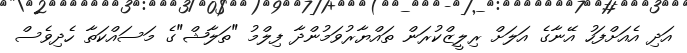
އަދި އެއަށްފަހު އޭނާގެ އަލަށް ރިލީޒްކުރަން ތައްޔާރުވަމުންދާ ފިލްމު "ތަލާޝް"ގެ މަސައްކަތާ ހެދިވެސް